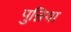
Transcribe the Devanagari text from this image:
पुन्निया